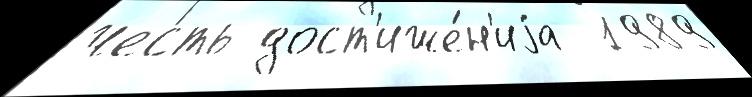
честь дост'иже́н'иjа  1989